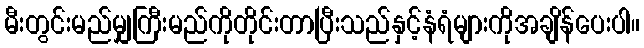
မီးတွင်းမည်မျှကြီးမည်ကိုတိုင်းတာပြီးသည်နှင့်နံရံများကိုအချိန်ပေးပါ။